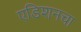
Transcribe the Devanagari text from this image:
एडिशनचा